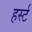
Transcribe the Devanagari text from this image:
हर्स्ट